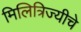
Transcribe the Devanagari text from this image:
मिलित्रिज्यीचे